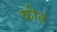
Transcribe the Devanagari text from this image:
कीतं